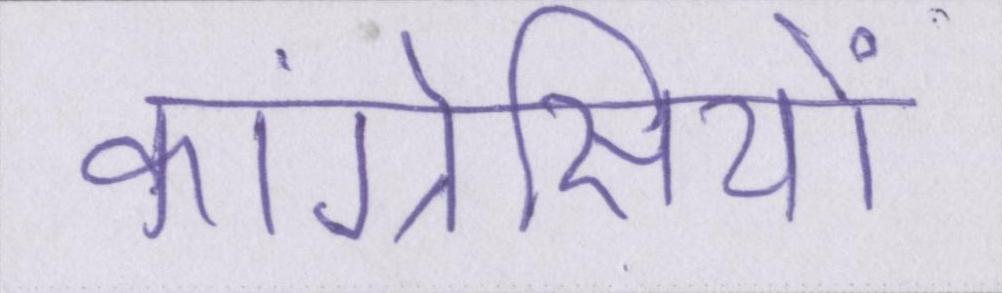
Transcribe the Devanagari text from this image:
कांग्रेसियों